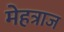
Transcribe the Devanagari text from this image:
मेहत्राज